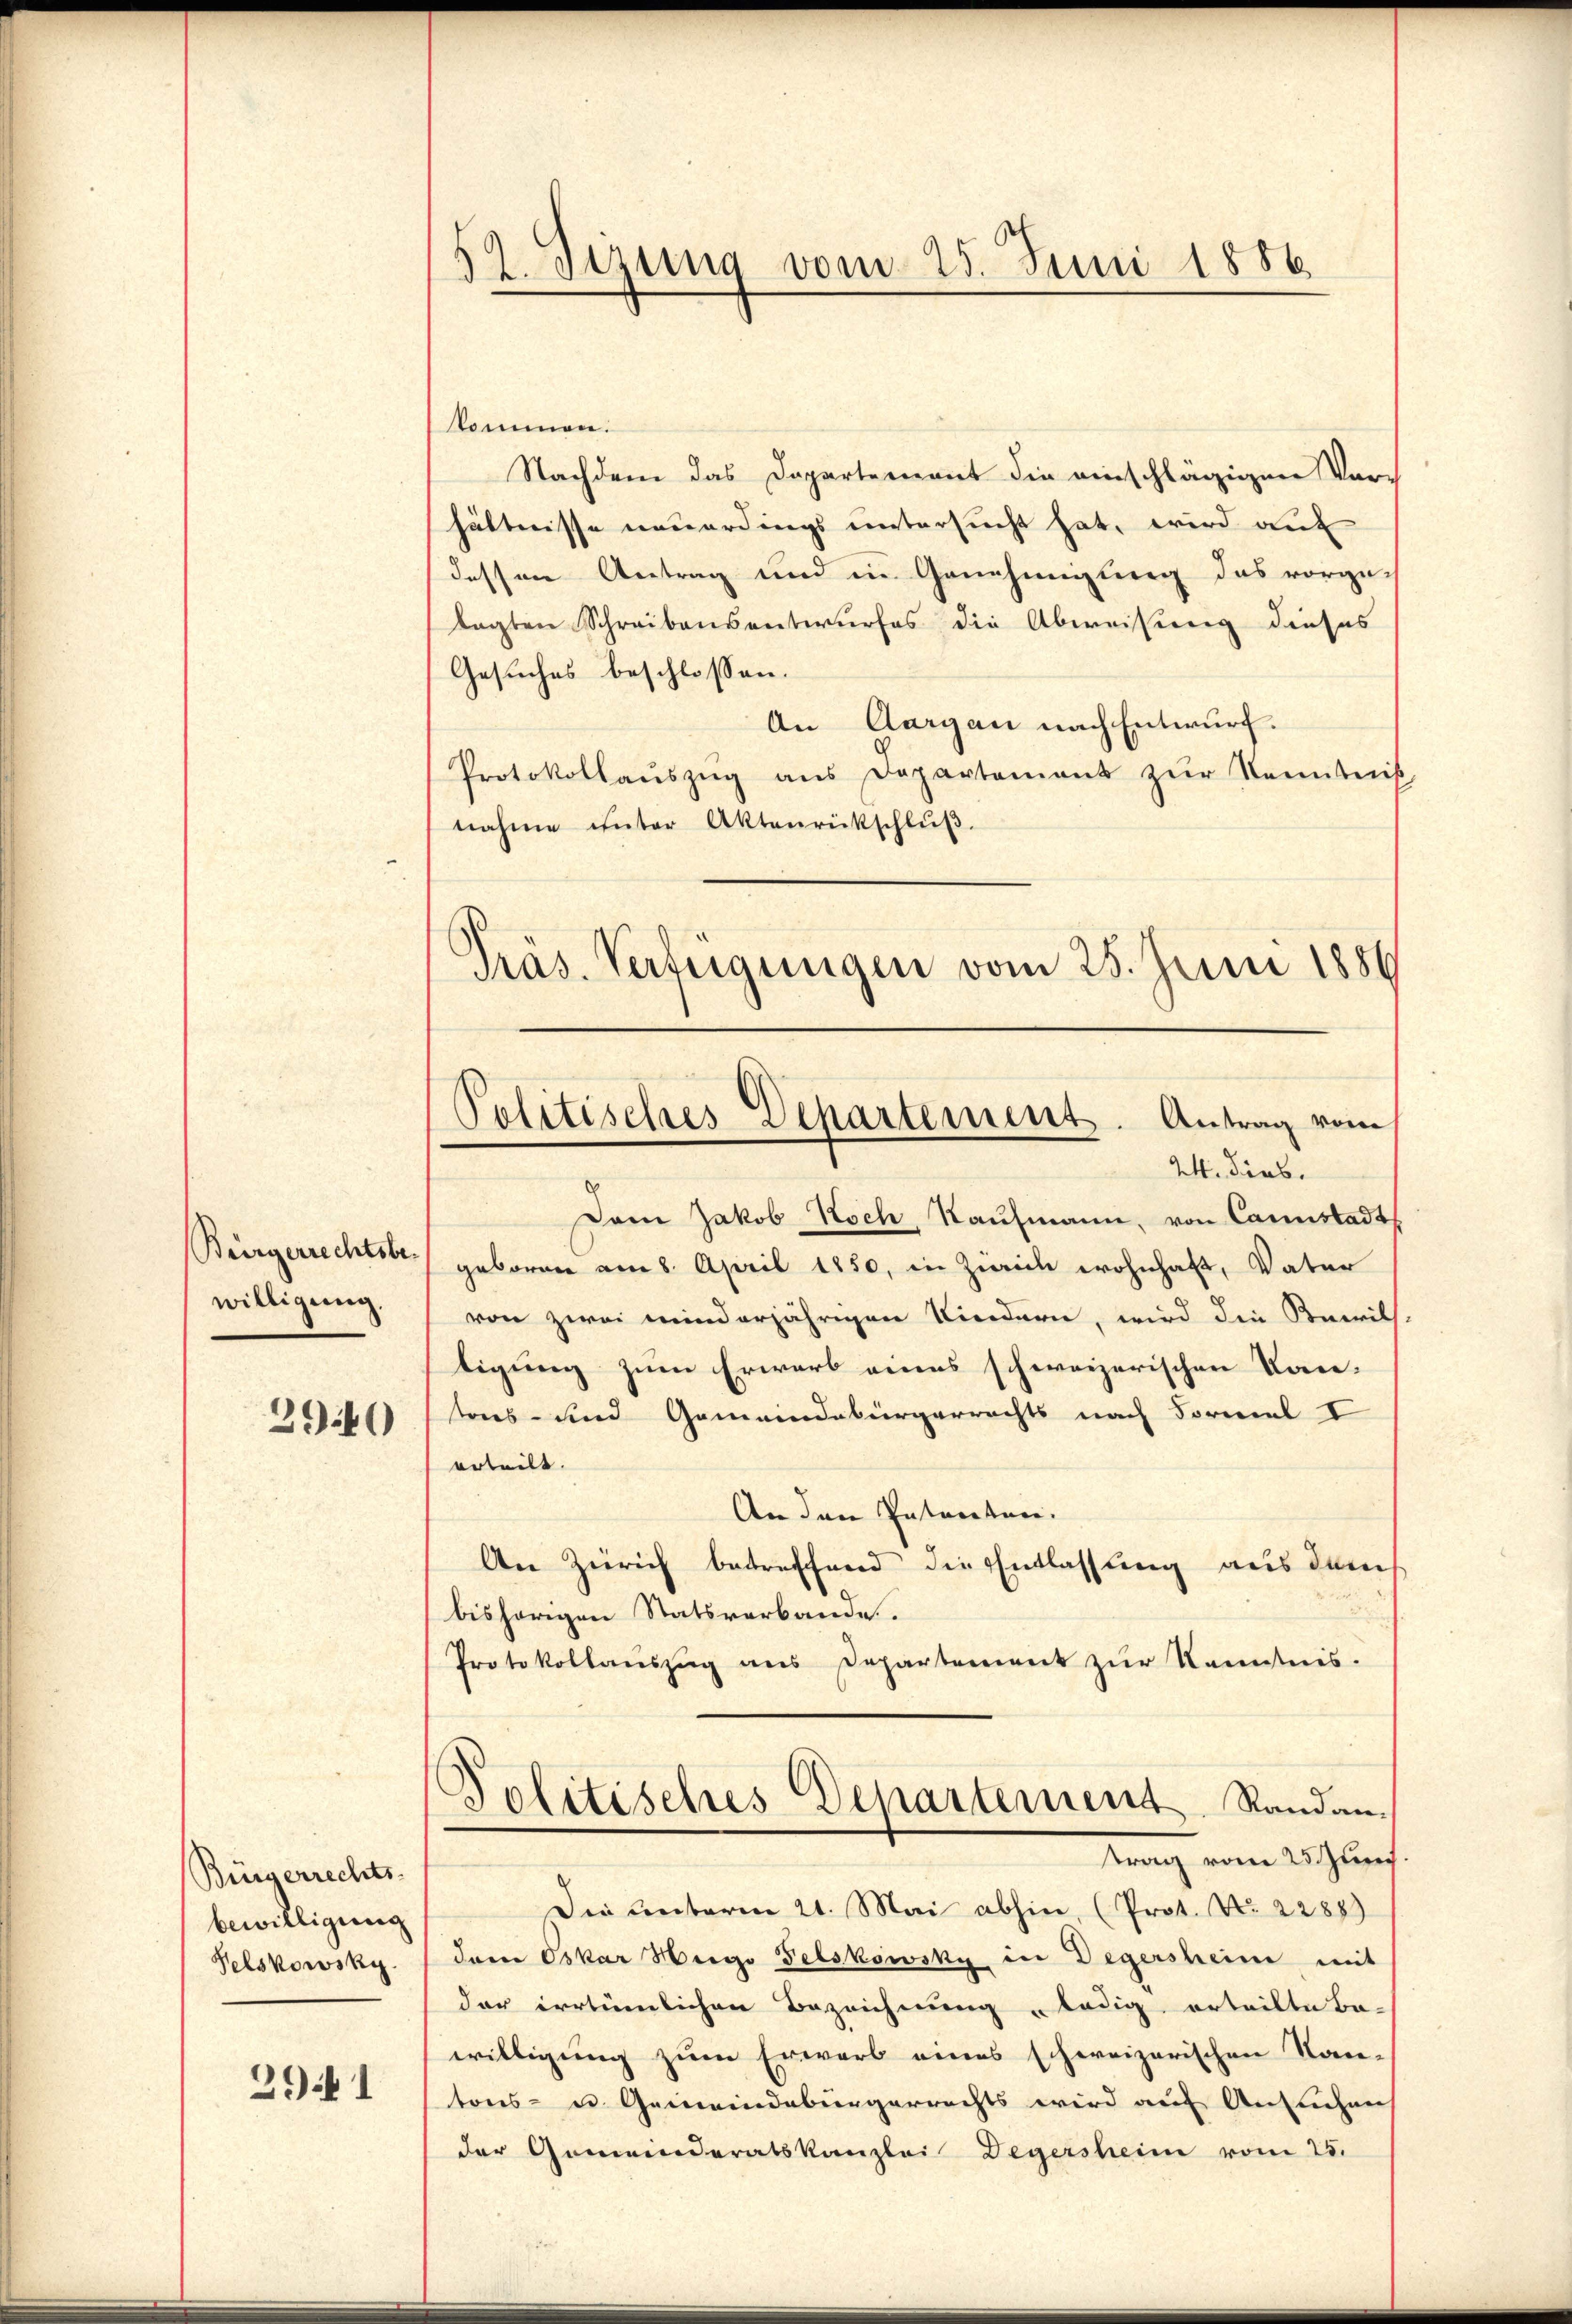
Bürgerrechtsbewilligung.
3940

Bürgerrechts-
bewilligung
Selskowsky

291

52. Sizung vom 25. Juni 1886

kommen.
Nachdem das Departement die einschlägigen Vor-
hältnisse neuerdings untersucht hat, wird auf
dessen Antrag und in Genehmigung das vorgelagten Schreibensentwurfes die Abweisung dieses
Gesuches beschlossen:
An Aargau nach Entwurf.
Protokollaŭszŭg ans Departement zŭr Kenntniß
nahme unter Aktenrückschlŭβ.
Präs. Verteigungen vom 25. Juni 1886.

Politisches Departement. Antrag vom
24. Dieb.

Dem Jakob Koch, Kaufmann, von Cannstadt
geboren am 8. April 1850, in Zürich wohnhaft, Vater
von zwei minderjährigen Kindern, wird die Bewill,
tigung zum Erwarb eines schweizerischen Kan-
tons- und Gemeindebürgerrechts nach Formel V
erteilt.
An den Entaretari.
An Zürich betreffend die Entlassung aus dem
bisherigen Statsverbande.
Protokollaŭszŭg ans Departement zŭr Kenntnis-
Politisches Departement. Randan-
trag vom 25. Juni
Die unterm 21. Mai abhin, (Prot. No. 2288)
der Oskar Hergo Felskowsky in Degersheim mit
der irrtümlichen Bezeichnung ledig erteilte Be-
willigung zum Erwarb eines schweizerischen Kan-
tons- u. Gemeindebürgerrechts wird auf Ansuchen
der Gemeinderatskanzlei Degersheim vom 25.